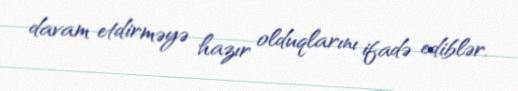
davam etdirməyə hazır olduqlarını ifadə ediblər.